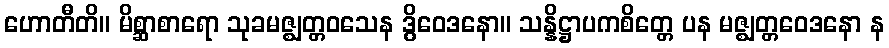
ဟောတီတိ။ မိစ္ဆာစာရော သုခမဇ္ဈတ္တဝသေန ဒွိဝေဒနော။ သန္နိဋ္ဌာပကစိတ္တေ ပန မဇ္ဈတ္တဝေဒနော န